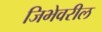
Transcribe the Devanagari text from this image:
जिभेवरील